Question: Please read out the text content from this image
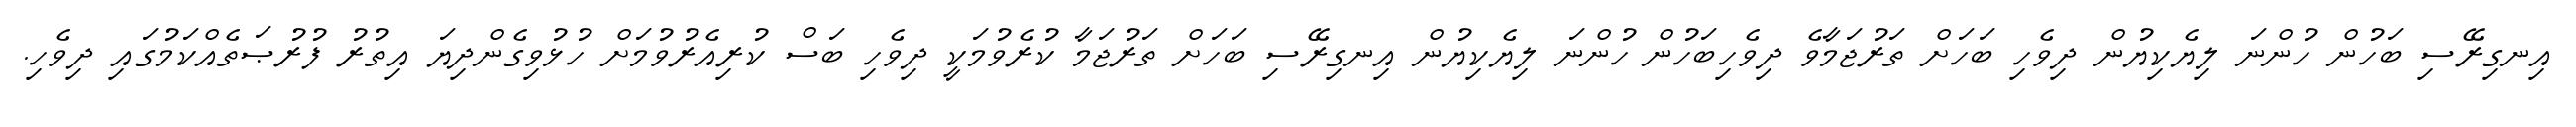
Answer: އިނގިރޭސި ބަހުން ހުންނަ ލިޔެކިޔުން ދިވެހި ބަހަށް ތަރުޖަމާވެ ދިވެހިބަހުން ހުންނަ ލިޔެކިޔުން އިނގިރޭސި ބަހަށް ތަރުޖަމާ ކުރެވުމަކީ ދިވެހި ބަސް ކުރިއެރުވުމަށް ހުޅުވިގެންދިޔަ އިތުރު ފުރުޞަތެއްކަމުގައި ދިވެހި.